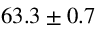
6 3 . 3 \pm { 0 . 7 }